Bombay plague: being a history of the progress of plague in the Bombay presidency from September 1896 to June 1899
Year: 1896
Disease focus: Plague
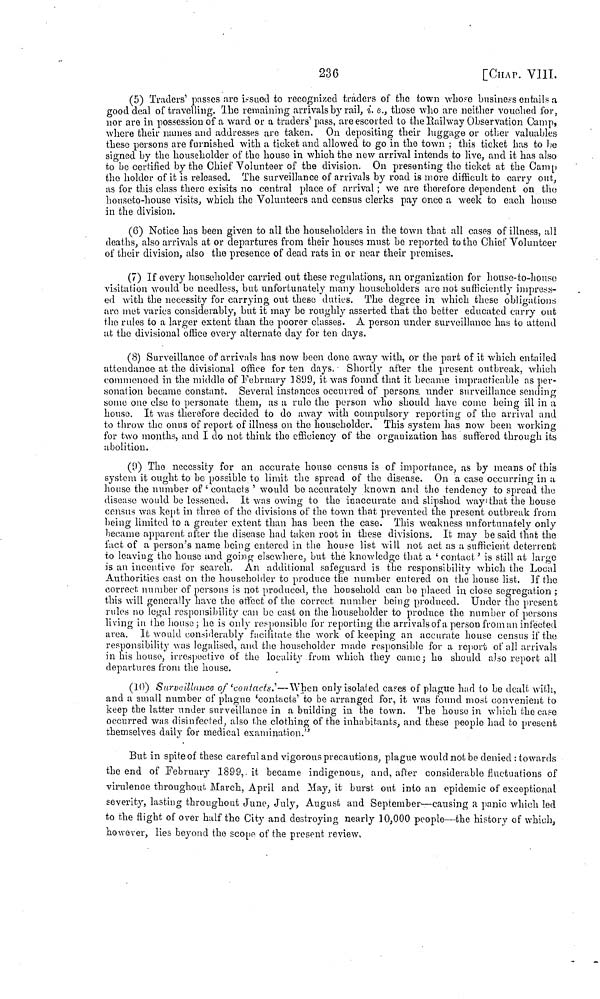
236
[CHAP.
VI
(5) Traders' passes are issued to recoognized traders of the town whose business entails a
good deal of travelling. The remaining arrivals by rail, ί. e., those who are neither vouched for,
nor are in possession of a ward or a traders' pass, are escorted to the Railway Observation Camp,
where their names and addresses are taken. On depositing their luggage or other valuables
these persons are furnished with a ticket and allowed to go in the town ; this ticket has to be
signed by the householder of the house in which the new arrival intends to live, and it has also
to be certified by the Chief Volunteer of the division. On presenting the ticket at the Camp
the holder of it is released. The surveillance of arrivals by road is more difficult to carry out,
as for this class there exisits no central place of arrival ; we are therefore dependent on the
houseto-house visits, which the Volunteers and census clerks pay once a week to each house
in the division.
(6) Notice has been given to all the householders in the town that all cases of illness, all
deaths, also arrivals at or departures from their houses must be reported to the Chief Volunteer
of their division, also the presence of dead rats in or near their premises.
(7) If every householder carried out these regulations, an organization for house-to-houso
visitation would bo needless, but unfortunately many householders are not sufficiently impress-
ed with the necessity for carrying out these duties. The degree in which these obligations
arc met varies considerably, but it may be roughly asserted that the better educated carry out
the rules to a larger extent than the poorer classes. A person under surveillance has to attend
at the divisional office every alternate clay for ten days.
(8) Surveillance of arrivals has now been done away with, or the part of it which entailed
attendance at the divisional office for ten days. - Shortly after the present outbreak, which
commonoed in the middle of February 1899, it was found that it became impracticable as per-
sonation became constant. Several instances occurred of persons, under surveillance sending
some one else to personate them, as a rule the person who should have come being ill in a
house. It was therefore decided to do away with compulsory reporting of the arrival and
to throw the onus of report of illness on the householder. This system has now been working
for two months, and I do not think the efficiency of the organization has suffered through its
abolition.
(9) The necessity for an accurate house census is of importance, as by means of this
system it ought to be possible to limit the spread of the disease. On a case occurring in a
house the number of ' contacts ' would be accurately known and the tendency to spread the
disease would be lessened. It was owing to the inaccurate and slipshod way that the house
census was kept in three of the divisions of the town that prevented the present outbreak from
being limited to a greater extent than has been the case. This weakness unfortunately only
became apparent after the disease had taken root in these divisions. It may be said that the
fact of a person's name being entered in the house list will not act as a sufficient deterrent
to leaving the house and going elsewhere, but the knowledge that a 'contact' is still at large
is an incentive for search. An additional safeguard is the responsibility which the Local
Authorities cast on the householder to produce the number entered on the house list. If the
correct number of persons is not produced, the household can be placed in close segregation ;
this will generally have the effect of the correct number being produced. Under the present
rules no legal responsibility can be cast on the householder to produce the number of persons
living in the house; he is only responsible for reporting the arrivals of a person from an infected
area. It would considerably facilitate the work of keeping an accurate house census if the
responsibility was legalised, and the householder made responsible for a report of all arrivals
in his house, irrespective of the locality from which they came; he should also report all
departures from the house.
(10) Surveillance of 'contacts'—When only isolated cases of plague had to be dealt with,
and a small number of plague 'contacts' to be arranged for, it was found most convenient to
keep the latter under surveillance in a building in the town. The house in which the case
occurred was disinfected, also the clothing of the inhabitants, and these people had to present
themselves daily for medical examination."
But in spite of these careful and vigorous precautions, plague would not be denied : towards
the end of February 1899, it became indigenous, and, after considerable fluctuations of
virulence throughout March, April and May, it burst out into an epidemic of exceptional
seventy, lasting throughout June, July, August and September—causing a panic which led
to the flight of over half the City and destroying nearly 10,000 people—the history of which,
however, lies beyond the scope of the present review.